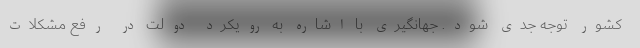
کشور توجه جدی شود. جهانگیری با اشاره به رویکرد دولت در رفع مشکلات